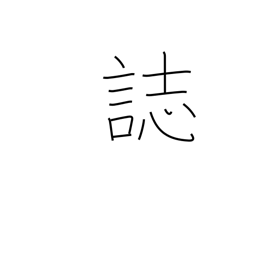
Meaning: records